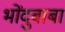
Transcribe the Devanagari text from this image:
भोंदुबाबा